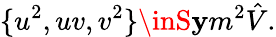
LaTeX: \{ u^{2},uv,v^{2}\} \inS\mathbf{y}m^{2}\hat{{V}}.